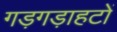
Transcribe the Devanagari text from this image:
गड़गड़ाहटों